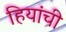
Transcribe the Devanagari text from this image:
हियांची